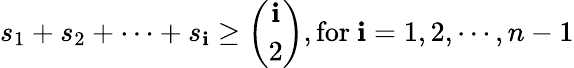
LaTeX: s_{1}+s_{2}+\cdots+s_{\mathbf{i}}\geq{\binom{\mathbf{i}}{2}},{\mathrm{{for~}}}\mathbf{i}=1,2,\cdots,n-1